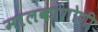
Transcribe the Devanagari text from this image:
मालकांगोणी